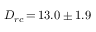
D _ { r c } \, { = } \, 1 3 . 0 \pm 1 . 9